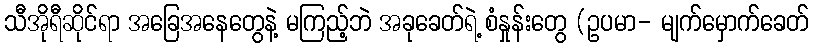
သီအိုရီဆိုင်ရာ အခြေအနေတွေနဲ့ မကြည့်ဘဲ အခုခေတ်ရဲ့ စံနှုန်းတွေ (ဥပမာ- မျက်မှောက်ခေတ်